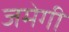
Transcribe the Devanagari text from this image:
जमेगी